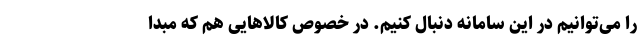
را می‌توانیم در این سامانه دنبال کنیم. در خصوص کالاهایی هم که مبدا